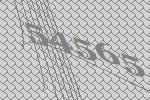
54565